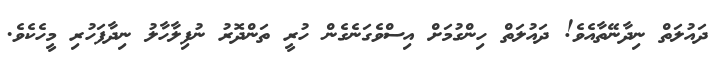
ދައުލަތް ނިދާނޭތާއެވެ! ދައުލަތް ހިންގުމަށް އިސްވެގަނެގެން ހުރީ ތަންދޮރު ނުފިލާހާލު ނިދާފަހުރި މީހެކެވެ.